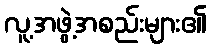
လူ့အဖွဲ့အစည်းများ၏